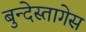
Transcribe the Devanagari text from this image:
बुन्देस्तागेस